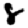
Digit: 8